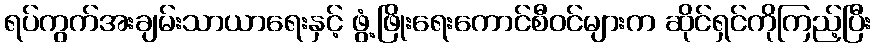
ရပ်ကွက်အးချမ်းသာယာရေးနှင့် ဖွံ့ဖြိုးရေးကောင်စီဝင်များက ဆိုင်ရှင်ကိုကြည့်ပြီး